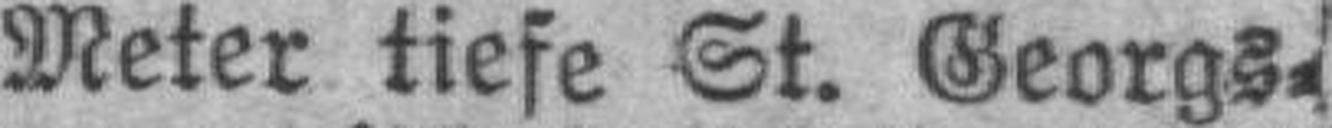
Meter tiefe St. Georgs¬